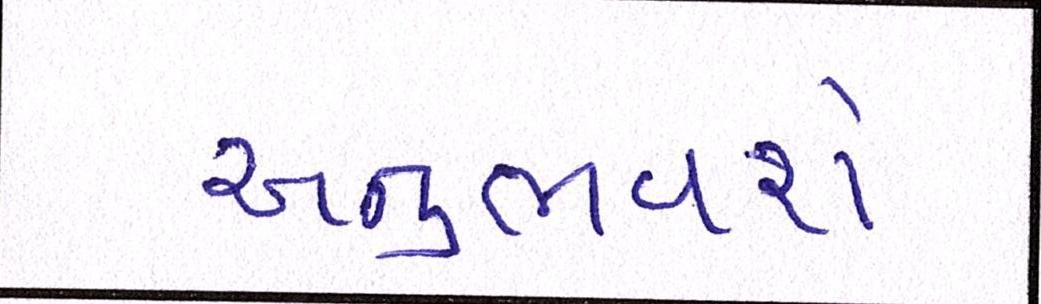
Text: અનુભવશે